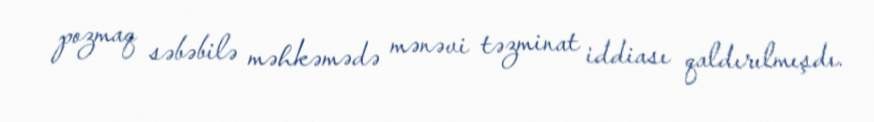
pozmaq səbəbilə məhkəmədə mənəvi təzminat iddiası qaldırılmışdı.